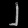
Digit: ၂